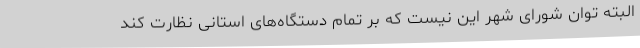
البته توان شورای شهر این نیست که بر تمام دستگاه‌های استانی نظارت کند